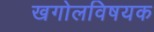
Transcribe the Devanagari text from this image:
खगोलविषयक